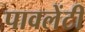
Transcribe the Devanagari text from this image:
पावलेंटी